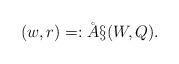
LaTeX: \begin{align*}(w,r) =: \AA\S(W,Q).\end{align*}